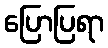
ပြောပြရာ